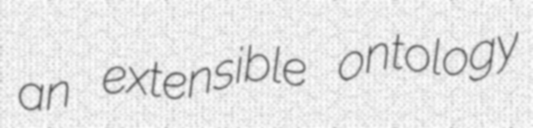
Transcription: an extensible ontology